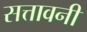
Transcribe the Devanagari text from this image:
सत्तावनी